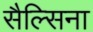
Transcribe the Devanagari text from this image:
सैल्सिना